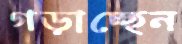
গড়াচ্ছেন